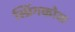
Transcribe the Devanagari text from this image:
स्प्रिंगकोक